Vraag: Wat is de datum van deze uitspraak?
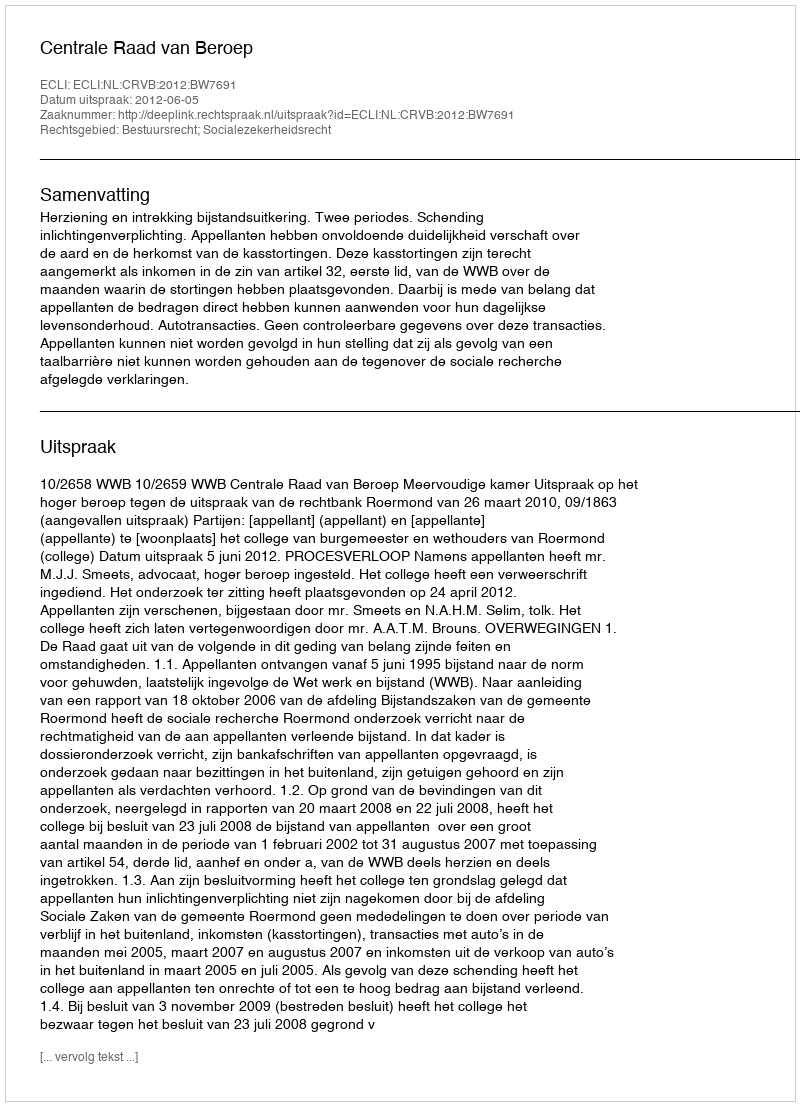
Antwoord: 2012-06-05